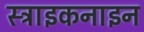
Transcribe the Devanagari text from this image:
स्ट्राइकनाइन